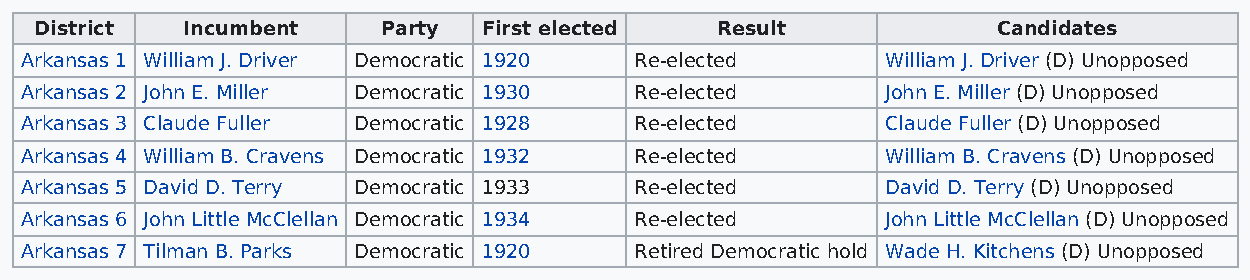
District  Incumbent    Party  First elected  Result             Candidates
 Arkansas 1 William J. Driver Democratic 1920 Re-elected   William J. Driver (D) Unopposed
 Arkansas 2 John E. Miller Democratic 1930 Re-elected      John E. Miller (D) Unopposed
 Arkansas 3 Claude Fuller Democratic 1928 Re-elected       Claude Fuller (D) Unopposed
 Arkansas 4 William B. Cravens Democratic 1932 Re-elected  William B. Cravens (D) Unopposed
 Arkansas 5 David D. Terry Democratic 1933 Re-elected      David D. Terry (D) Unopposed
 Arkansas 6 John Little McClellan Democratic 1934 Re-elected John Little McClellan (D) Unopposed
 Arkansas 7 Tilman B. Parks Democratic 1920 Retired Democratic hold Wade H. Kitchens (D) Unopposed